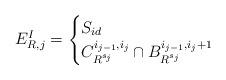
LaTeX: \begin{align*} E^I_{R, j} = \begin{cases} S_{id} & \\ C^{i_{j - 1}, i_{j}}_{R^{s_j}} \cap B^{i_{j - 1}, i_j + 1}_{R^{s_j}} & \end{cases} \end{align*}